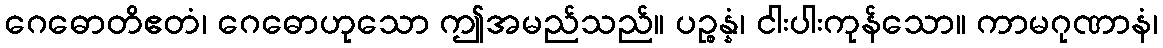
ဂေဓောတိဧတံ၊ ဂေဓောဟုသော ဤအမည်သည်။ ပဉ္စန္နံ၊ ငါးပါးကုန်သော။ ကာမဂုဏာနံ၊